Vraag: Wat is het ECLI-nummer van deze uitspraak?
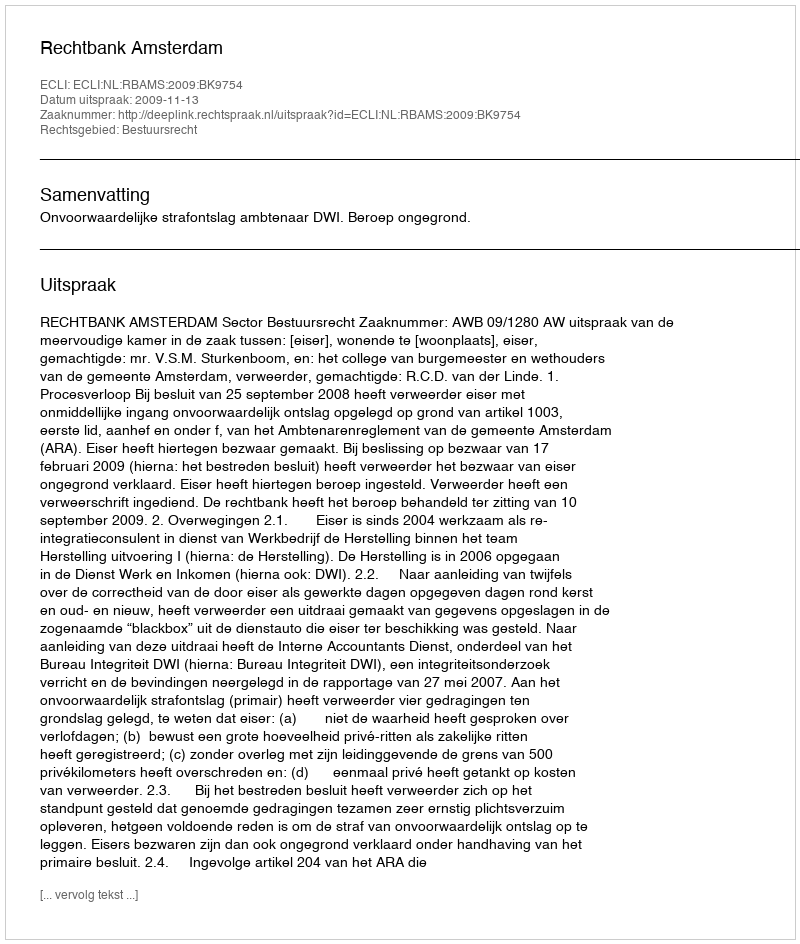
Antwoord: ECLI:NL:RBAMS:2009:BK9754